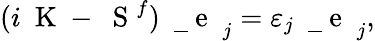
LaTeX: (i\mathrm{~\mathbf~K~}-\mathrm{~\mathbf~S~}^{f})\mathrm{~\mathbf~\underline{~}{~e~}~}_{j}=\varepsilon_{j}\mathrm{~\mathbf~\underline{~}{~e~}~}_{j},